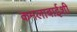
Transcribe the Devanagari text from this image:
कमलाबाईशी